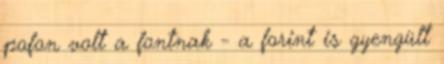
pofon volt a fontnak - a forint is gyengült